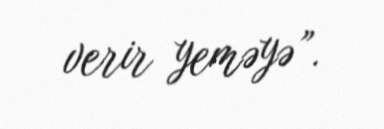
verir yeməyə”.